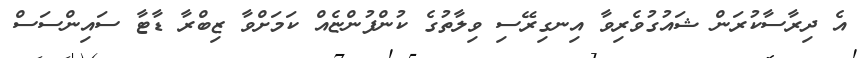
އެ ދިރާސާކުރަން ޝައުގުވެރިވާ އިނގިރޭސި ވިލާތުގެ ކުންފުންޏެއް ކަމަށްވާ ޒިބްރާ ޑާޓާ ސައިންސަސް